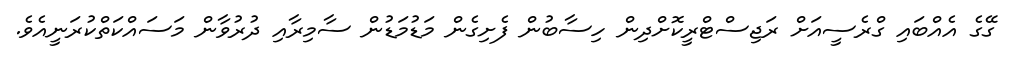
ގޭގެ އެއްބައި ގްރެސީއަށް ރަޖިސްޓްރީކޮށްދިން ހިސާބުން ފެށިގެން މަޑުމަޑުން ސާމިރާއި ދުރުވާން މަސައްކަތްކުރަނީއެވެ.